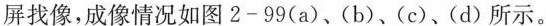
屏找像，成像情况如图2-99(a)、(b)、(c)、(d)所示。